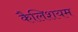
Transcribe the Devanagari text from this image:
कैलिशयम